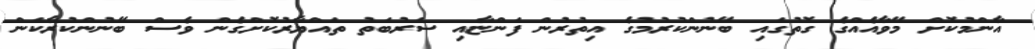
އާންމުކޮށް މޭވާއެއްގެ ގޮތުގައި ބޭނުންކުރުމުގެ އިތުރުން ފަންޏާއި ސަރުބަތު ތައްޔާރުކޮށްގެން ވެސް ބޭނުންކުރާކަން